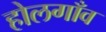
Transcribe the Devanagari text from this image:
होलगाँव